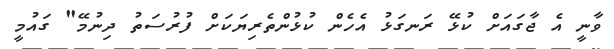
ވާނީ އެ ޖާގައަށް ކުޅޭ ރަނގަޅު އެހެން ކުޅުންތެރިޔަކަށް ފުރުސަތު ދިނުމޭ" ގައުމީ